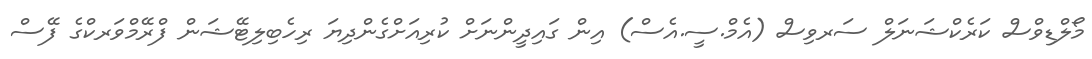
މޯލްޑިވްސް ކަރެކްޝަނަލް ސަރވިސް (އެމް.ސީ.އެސް) އިން ގައިދީންނަށް ކުރިއަށްގެންދިޔަ ރިހެބިލިޓޭޝަން ފްރޭމްވަރކްގެ ފޭސް